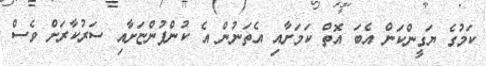
ކަމުގެ ޔަގީންކަން އެބަ އޮތް ކަމަށާއި އެތަނުން އެ ކުންފުންޏަށާއި ސަރުކާރަށް ވެސް